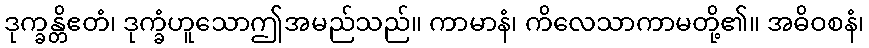
ဒုက္ခန္တိဧတံ၊ ဒုက္ခံဟူသောဤအမည်သည်။ ကာမာနံ၊ ကိလေသာကာမတို့၏။ အဓိဝစနံ၊